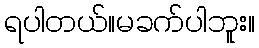
ရပါတယ်။မခက်ပါဘူး။